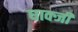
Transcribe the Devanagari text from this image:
धाक्जी